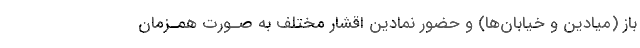
باز (میادین و خیابان‌ها) و حضور نمادین اقشار مختلف به صـورت همـزمان